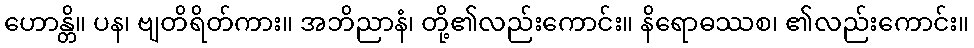
ဟောန္တိ။ ပန၊ ဗျတိရိတ်ကား။ အဘိညာနံ၊ တို့၏လည်းကောင်း။ နိရောဓဿစ၊ ၏လည်းကောင်း။